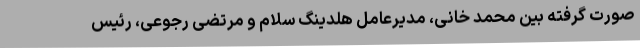
صورت گرفته بین محمد خانی، مدیرعامل هلدینگ سلام و مرتضی رجوعی، رئیس